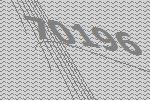
70196